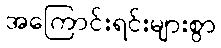
အကြောင်းရင်းများစွာ